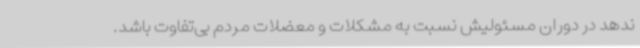
ندهد در دوران مسئولیش نسبت به مشکلات و معضلات مردم بی‌تفاوت باشد.